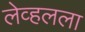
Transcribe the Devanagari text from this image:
लेव्हलला